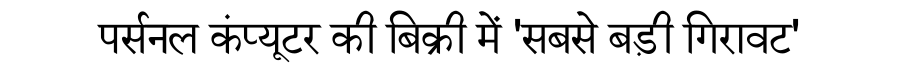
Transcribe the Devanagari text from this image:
पर्सनल कंप्यूटर की बिक्री में 'सबसे बड़ी गिरावट'